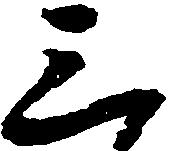
三